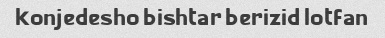
konjedesho bishtar berizid lotfan